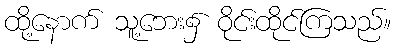
ထို့နောက် သူ့ဘေး၌ ဝိုင်းထိုင်ကြသည်။